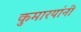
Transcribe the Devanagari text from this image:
कुमारयांनी